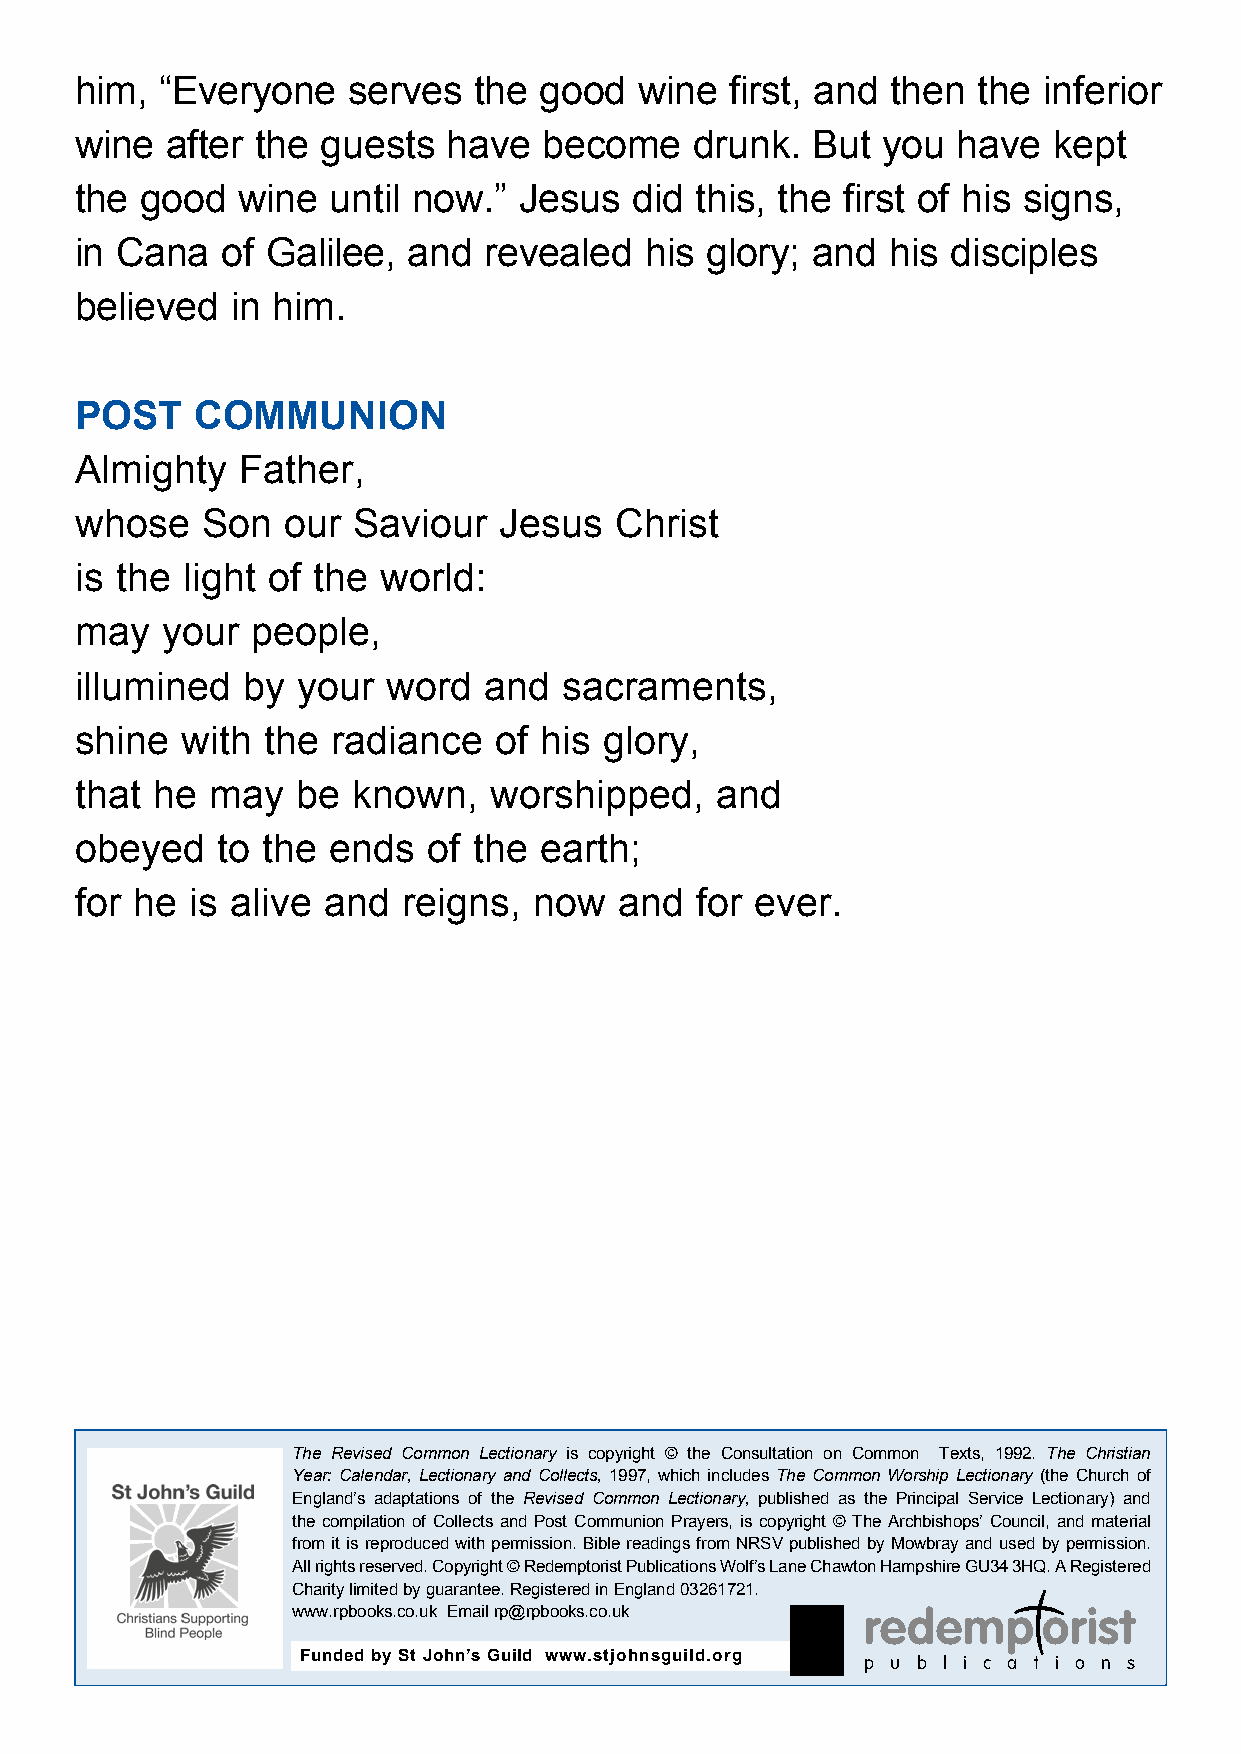
him,  “Everyone   serves  the  good  wine  first, and then  the inferior
 wine  after the guests   have  become    drunk.  But you  have   kept
 the good   wine  until now.” Jesus   did this, the first of his signs,
 in Cana   of Galilee, and  revealed   his glory; and  his disciples
 believed  in him.
 POST    COMMUNION
 Almighty   Father,
 whose   Son   our Saviour   Jesus   Christ
 is the light of the world:
 may   your  people,
 illumined  by  your  word  and  sacraments,
 shine  with the  radiance   of his glory,
 that he  may   be known,   worshipped,    and
 obeyed   to the  ends  of the  earth;
 for he  is alive and  reigns, now   and  for ever.
 The Revised Common Lectionary is copyright © the Consultation on Common Texts, 1992. The Christian
 Year: Calendar, Lectionary and Collects, 1997, which includes The Common Worship Lectionary (the Church of
 England’s adaptations of the Revised Common Lectionary, published as the Principal Service Lectionary) and
 the compilation of Collects and Post Communion Prayers, is copyright © The Archbishops’ Council, and material
 from it is reproduced with permission. Bible readings from NRSV published by Mowbray and used by permission.
 All rights reserved. Copyright © Redemptorist Publications Wolf’s Lane Chawton Hampshire GU34 3HQ. A Registered
 Charity limited by guarantee. Registered in England 03261721.
 www.rpbooks.co.uk Email rp@rpbooks.co.uk redemp   orist
 Funded by St John’s Guild www.stjohnsguild.org p u b l i c a t i o n s